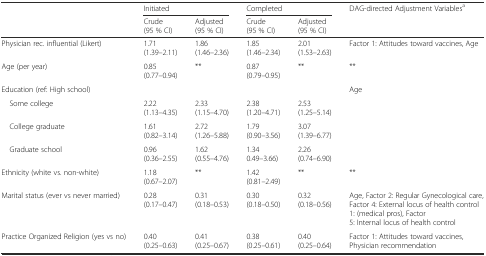
<table><thead><tr><td rowspan="2"></td><td colspan="2"><b>Initiated</b></td><td colspan="2"><b>Completed</b></td><td rowspan="2"><b>DAG-directed Adjustment Variables<sup>a</sup></b></td></tr><tr><td><b>Crude (95 % CI)</b></td><td><b>Adjusted (95 % CI)</b></td><td><b>Crude (95 % CI)</b></td><td><b>Adjusted (95 % CI)</b></td></tr></thead><tbody><tr><td>Physician rec. influential (Likert)</td><td>1.71(1.39–2.11)</td><td>1.86(1.46–2.36)</td><td>1.85(1.46–2.34)</td><td>2.01(1.53–2.63)</td><td>Factor 1: Attitudes toward vaccines, Age</td></tr><tr><td>Age (per year)</td><td>0.85(0.77–0.94)</td><td>**</td><td>0.87(0.79–0.95)</td><td>**</td><td>**</td></tr><tr><td>Education (ref: High school)</td><td colspan="4"></td><td rowspan="4">Age</td></tr><tr><td> Some college</td><td>2.22(1.13–4.35)</td><td>2.33(1.15–4.70)</td><td>2.38(1.20–4.71)</td><td>2.53(1.25–5.14)</td></tr><tr><td> College graduate</td><td>1.61(0.82–3.14)</td><td>2.72(1.26–5.88)</td><td>1.79(0.90–3.56)</td><td>3.07(1.39–6.77)</td></tr><tr><td> Graduate school</td><td>0.96(0.36–2.55)</td><td>1.62(0.55–4.76)</td><td>1.340.49–3.66)</td><td>2.26(0.74–6.90)</td></tr><tr><td>Ethnicity (white vs. non-white)</td><td>1.18(0.67–2.07)</td><td>**</td><td>1.42(0.81–2.49)</td><td>**</td><td>**</td></tr><tr><td>Marital status (ever vs never married)</td><td>0.28(0.17–0.47)</td><td>0.31(0.18–0.53)</td><td>0.30(0.18–0.50)</td><td>0.32(0.18–0.56)</td><td>Age, Factor 2: Regular Gynecological care, Factor 4: External locus of health control 1: (medical pros), Factor 5: Internal locus of health control</td></tr><tr><td>Practice Organized Religion (yes vs no)</td><td>0.40(0.25–0.63)</td><td>0.41(0.25–0.67)</td><td>0.38(0.25–0.61)</td><td>0.40(0.25–0.64)</td><td>Factor 1: Attitudes toward vaccines, Physician recommendation</td></tr></tbody></table>